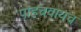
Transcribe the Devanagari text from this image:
पोहचवायच